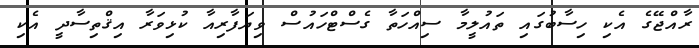
ރާއްޖޭގެ އެކި ހިސާބުގައި ތައުލީމާ ސިއްހަތާ ގެސްޓްހައުސް ވިޔަފާރިއާ ކުޅިވަރާ އިޤްތިސާދީ އެކި